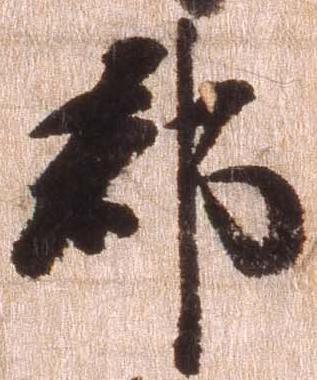
郡